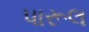
પારૂલ